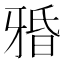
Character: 𤘏